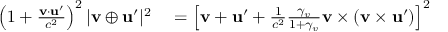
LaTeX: \begin{array} { r l } { \left( 1 + { \frac { \mathbf { v } \cdot \mathbf { u } ^ { \prime } } { c ^ { 2 } } } \right) ^ { 2 } | \mathbf { v } \oplus \mathbf { u } ^ { \prime } | ^ { 2 } } & { { } = \left[ \mathbf { v } + \mathbf { u } ^ { \prime } + { \frac { 1 } { c ^ { 2 } } } { \frac { \gamma _ { v } } { 1 + \gamma _ { v } } } \mathbf { v } \times ( \mathbf { v } \times \mathbf { u } ^ { \prime } ) \right] ^ { 2 } } \end{array}